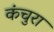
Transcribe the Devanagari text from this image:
कंचुरा